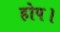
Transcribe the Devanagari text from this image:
होप।